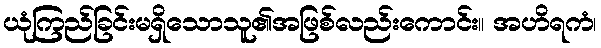
ယုံကြည်ခြင်းမရှိသောသူ၏အဖြစ်လည်းကောင်း။ အဟိရကံ၊